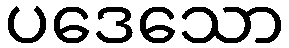
ပဒေသော